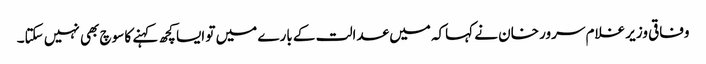
وفاقی وزیر غلام سرور خان نے کہاکہ میں عدالت کے بارے میں تو ایسا کچھ کہنے کا سوچ بھی نہیں سکتا۔